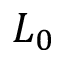
L _ { 0 }